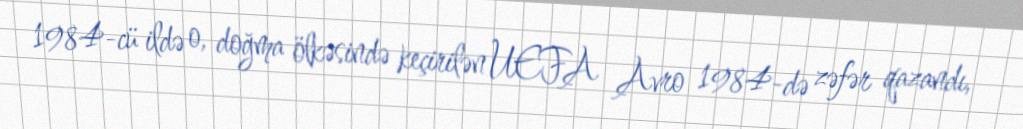
1984-cü ildə o, doğma ölkəsində keçirilən UEFA Avro 1984-də zəfər qazandı,